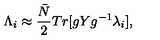
{ \Lambda } _ { i } \approx \frac { { \bar { N } } } { 2 } T r [ g Y g ^ { - 1 } { \lambda } _ { i } ] ,